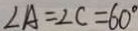
\angle A = \angle C = 6 0 ^ { \circ }